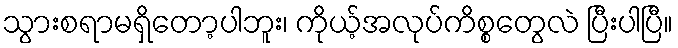
သွားစရာမရှိတော့ပါဘူး၊ ကိုယ့်အလုပ်ကိစ္စတွေလဲ ပြီးပါပြီ။